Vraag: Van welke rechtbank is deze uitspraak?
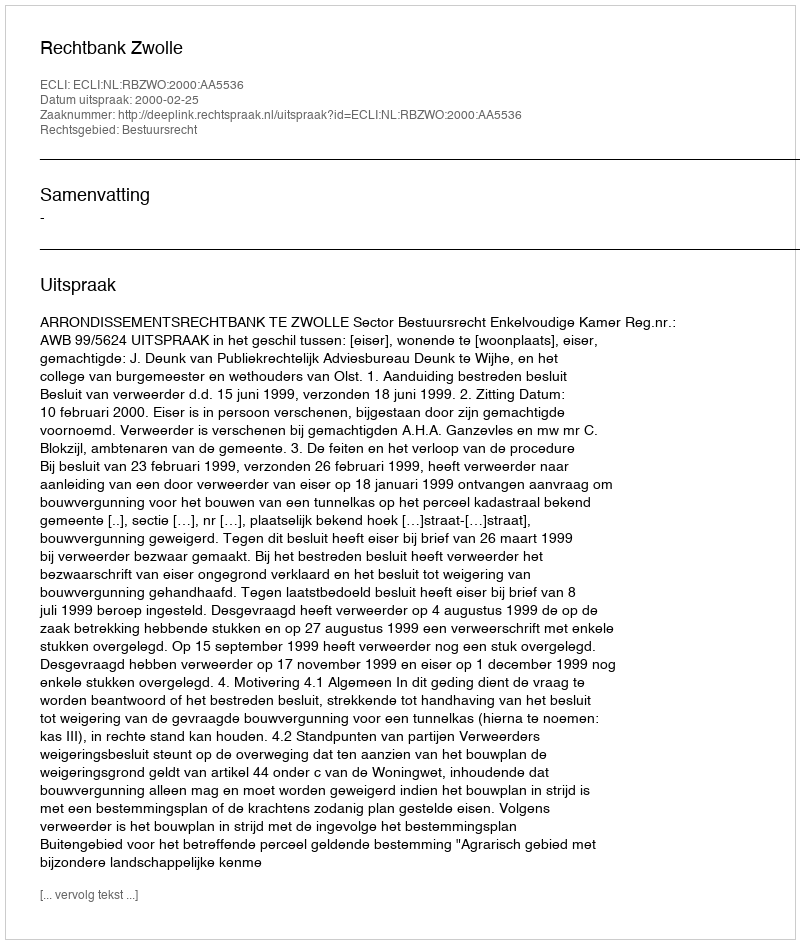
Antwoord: Rechtbank Zwolle